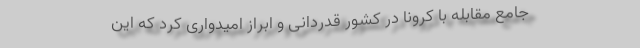
جامع مقابله با کرونا در کشور قدردانی و ابراز امیدواری کرد که این